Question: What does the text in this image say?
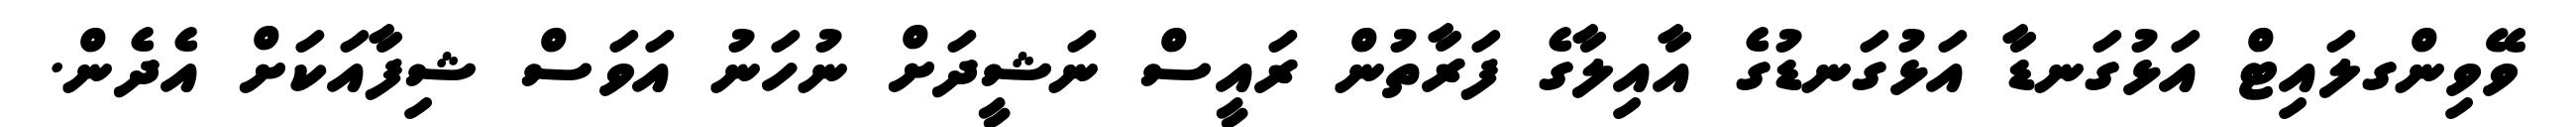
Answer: ވޭވިންގލައިޓް އަޅުގަނޑާ އަޅުގަނޑުގެ އާއިލާގެ ފަރާތުން ރައީސް ނަޝީދަށް ނުހަނު އަވަސް ޝިފާއަކަށް އެދެން.